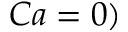
C a = 0 )